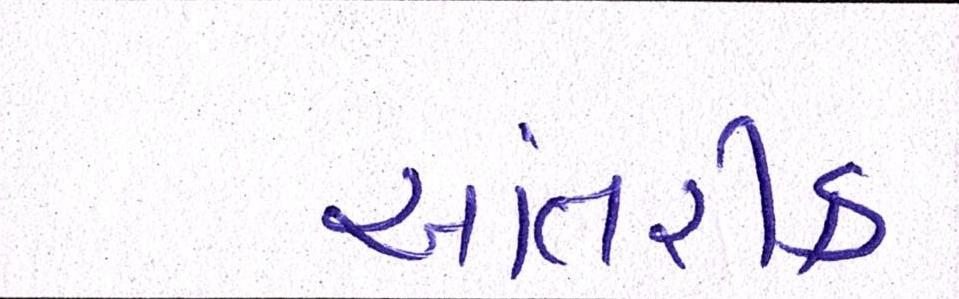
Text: આંતરીક